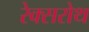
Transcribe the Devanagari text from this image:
रेक्सरोथ